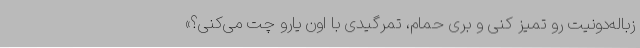
زباله‌دونیت رو تمیز کنی و بری حمام، تمرگیدی با اون یارو چت می‌کنی؟»